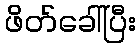
ဖိတ်ခေါ်ပြီး